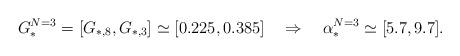
LaTeX: \begin{align*}G_\ast^{N=3}=[G_{\ast,8},G_{\ast,3}]\simeq[0.225,0.385]\quad\Rightarrow \quad\alpha_\ast^{N=3}\simeq[5.7,9.7]. \end{align*}